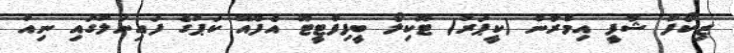
ޒިކޯފް ޝާފީ އިމްރާން (ކީޕަރު) ޓޫކިލޯ ބީފިފްޓީޓޫ އެފްއޭ ކަޕުގެ ފައިނަލުގައި ނިއު